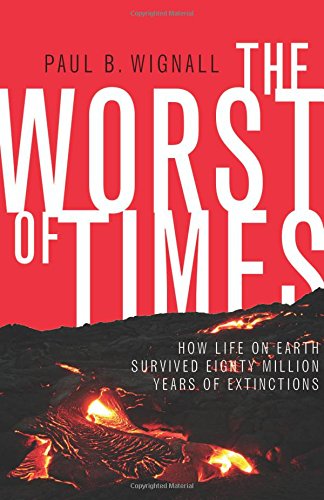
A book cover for The Worst of Times: How Life on Earth Survived Eighty Million Years of Extinctions; Paul B. Wignall; Engineering & Transportation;